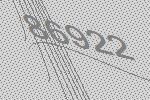
86922